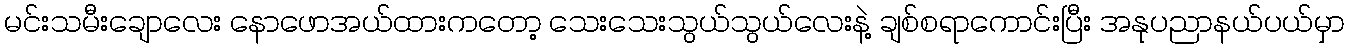
မင်းသမီးချောလေး နောဖောအယ်ထားကတော့ သေးသေးသွယ်သွယ်လေးနဲ့ ချစ်စရာကောင်းပြီး အနုပညာနယ်ပယ်မှာ